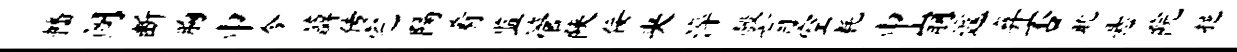
幡阁断胸巾今薜传宅隔肴监管陕佞央淬彀肓空耗巾崩遽弃否耽悬院挹